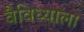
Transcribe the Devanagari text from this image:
वैविध्याला